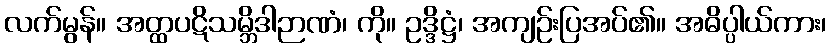
လက်မွန်။ အတ္ထပဋိသမ္ဘိဒါဉာဏံ၊ ကို။ ဥဒ္ဒိဋ္ဌံ၊ အကျဉ်းပြအပ်၏။ အဓိပ္ပါယ်ကား၊